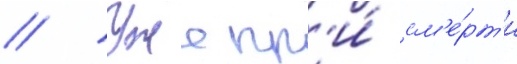
// Уже пр'и́ см'е́рт'и